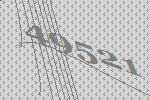
49521